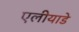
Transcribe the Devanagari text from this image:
एलीयाडे